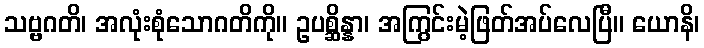
သဗ္ဗဂတိ၊ အလုံးစုံသောဂတိကို။ ဥပစ္ဆိန္နာ၊ အကြွင်းမဲ့ဖြတ်အပ်လေပြီ။ ယောနိ၊